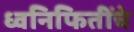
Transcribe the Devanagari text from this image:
ध्वनिफितींचे